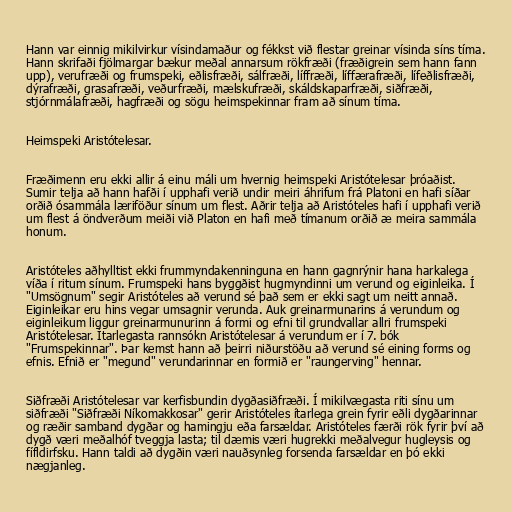
Hann var einnig mikilvirkur vísindamaður og fékkst við flestar greinar vísinda síns tíma.
Hann skrifaði fjölmargar bækur meðal annarsum rökfræði (fræðigrein sem hann fann
upp), verufræði og frumspeki, eðlisfræði, sálfræði, líffræði, líffærafræði, lífeðlisfræði,
dýrafræði, grasafræði, veðurfræði, mælskufræði, skáldskaparfræði, siðfræði,
stjórnmálafræði, hagfræði og sögu heimspekinnar fram að sínum tíma.

Heimspeki Aristótelesar.

Fræðimenn eru ekki allir á einu máli um hvernig heimspeki Aristótelesar þróaðist.
Sumir telja að hann hafði í upphafi verið undir meiri áhrifum frá Platoni en hafi síðar
orðið ósammála læriföður sínum um flest. Aðrir telja að Aristóteles hafi í upphafi verið
um flest á öndverðum meiði við Platon en hafi með tímanum orðið æ meira sammála
honum.

Aristóteles aðhylltist ekki frummyndakenninguna en hann gagnrýnir hana harkalega
víða í ritum sínum. Frumspeki hans byggðist hugmyndinni um verund og eiginleika. Í
"Umsögnum" segir Aristóteles að verund sé það sem er ekki sagt um neitt annað.
Eiginleikar eru hins vegar umsagnir verunda. Auk greinarmunarins á verundum og
eiginleikum liggur greinarmunurinn á formi og efni til grundvallar allri frumspeki
Aristótelesar. Ítarlegasta rannsókn Aristótelesar á verundum er í 7. bók
"Frumspekinnar". Þar kemst hann að þeirri niðurstöðu að verund sé eining forms og
efnis. Efnið er "megund" verundarinnar en formið er "raungerving" hennar.

Siðfræði Aristótelesar var kerfisbundin dygðasiðfræði. Í mikilvægasta riti sínu um
siðfræði "Siðfræði Níkomakkosar" gerir Aristóteles ítarlega grein fyrir eðli dygðarinnar
og ræðir samband dygðar og hamingju eða farsældar. Aristóteles færði rök fyrir því að
dygð væri meðalhóf tveggja lasta; til dæmis væri hugrekki meðalvegur hugleysis og
fífldirfsku. Hann taldi að dygðin væri nauðsynleg forsenda farsældar en þó ekki
nægjanleg.